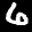
Label: 6